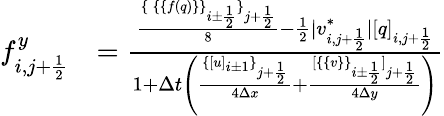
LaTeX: \begin{array}{rl}{f_{i,j+\frac 12}^{y}}&{=\frac{\frac{\{ \, \{ \{ f(q)\} \} _{i\pm\frac 12}\} _{j+\frac 12}}{8}-\frac 12|v_{i,j+\frac 12}^{*}|[q]_{i,j+\frac 12}}{1+\Delta t\left(\frac{\{ [u]_{i\pm 1}\} _{j+\frac 12}}{4\Delta x}+\frac{[\{ \{ v\} \} _{i\pm\frac 12}]_{j+\frac 12}}{4\Delta y}\right)}}\end{array}